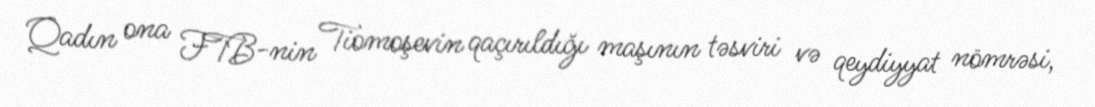
Qadın ona FTB-nin Tiomoşevin qaçırıldığı maşının təsviri və qeydiyyat nömrəsi,